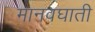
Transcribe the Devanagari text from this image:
मानवघाती